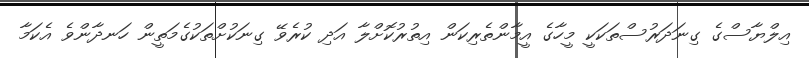
އިލްޔާސްގެ ގިނަދަރުސްތަކަކީ މީހާގެ އީމާންތެރިކަން އިތުރުކޮށްލާ އަދި ކުރެވޭ ގިނަކުށްތަކުގެމަތީން ހަނދާންވެ އެކަމާ